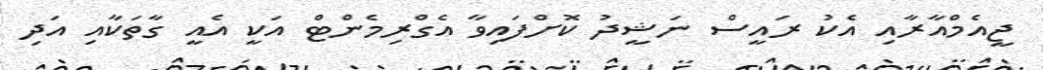
ޖީއެމްއާރާއި އެކު ރައީސް ނަޝީދު ކޮށްފައިވާ އެގްރިމެންޓް އަކީ އެއީ ގާތަކާއި އަދި